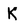
Character: K